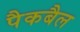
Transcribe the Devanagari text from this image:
पैकबैल